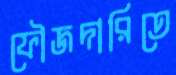
ফৌজদারিতে